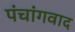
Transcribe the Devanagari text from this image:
पंचांगवाद